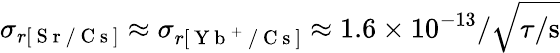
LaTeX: \sigma_{r[\mathrm{~S~r~/~C~s~}]}\approx\sigma_{r[\mathrm{~Y~b~}^{+}\mathrm{~/~C~s~}]}\approx 1.6\times 10^{-13}/\sqrt{\tau/\mathrm{s}}